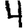
Digit: 4